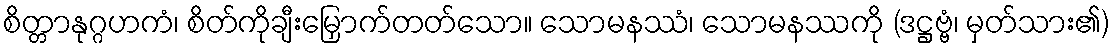
စိတ္တာနုဂ္ဂဟကံ၊ စိတ်ကိုချီးမြှောက်တတ်သော။ သောမနဿံ၊ သောမနဿကို (ဒဋ္ဌဗ္ဗံ၊ မှတ်သား၏)